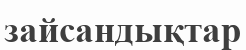
зайсандықтар